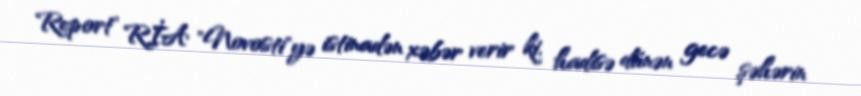
Report" RİA "Novosti"yə istinadən xəbər verir ki, hadisə dünən gecə şəhərin